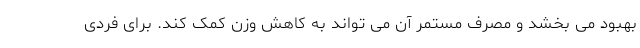
بهبود می بخشد و مصرف مستمر آن می تواند به کاهش وزن کمک کند. برای فردی